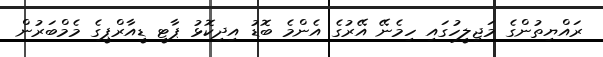
ރައްޔިތުންގެ މަޖިލީހުގައި ހިމެނޭ އޭރުގެ އެންމެ ބޮޑު އިދިކޮޅު ޕާޓީ ޑީއާރްޕީގެ މެމްބަރުން